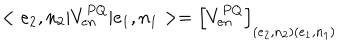
< e _ { 2 } , n _ { 2 } | V _ { e n } ^ { P Q } | e _ { 1 } , n _ { 1 } > = \left[ V _ { e n } ^ { P Q } \right] _ { ( e _ { 2 } , n _ { 2 } ) ( e _ { 1 } , n _ { 1 } ) }